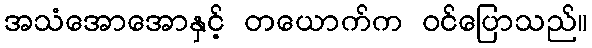
အသံအောအောနှင့် တယောက်က ဝင်ပြောသည်။